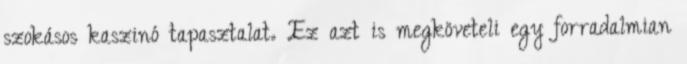
szokásos kaszinó tapasztalat. Ez azt is megköveteli egy forradalmian